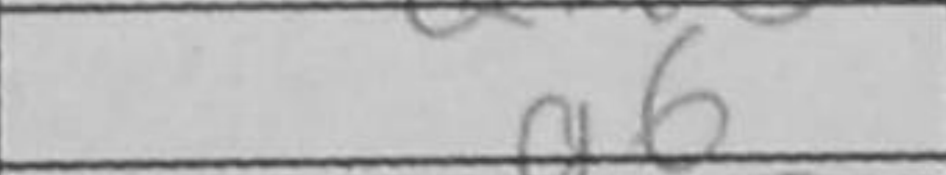
Transcription: g6